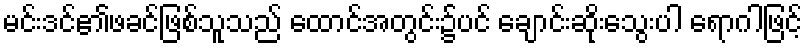
မင်းဒင်၏ဖခင်ဖြစ်သူသည် ထောင်အတွင်း၌ပင် ချောင်းဆိုးသွေးပါ ရောဂါဖြင့်